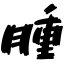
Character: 腫